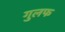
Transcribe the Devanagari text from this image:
गुलफ